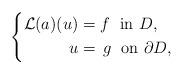
LaTeX: \begin{align*}\left\{\begin{aligned}\mathcal{L}(a)(u) & = f \;\mbox{ in } D,\\u &=\,g \; \mbox{ on } \partial D,\end{aligned}\right.\end{align*}